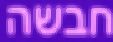
חבשה